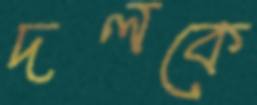
দলকে